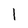
Character: 1